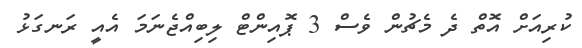
ކުރިއަށް އޮތް ދެ މެޗުން ވެސް 3 ޕޮއިންޓް ލިބިއްޖެނަމަ އެއީ ރަނގަޅު